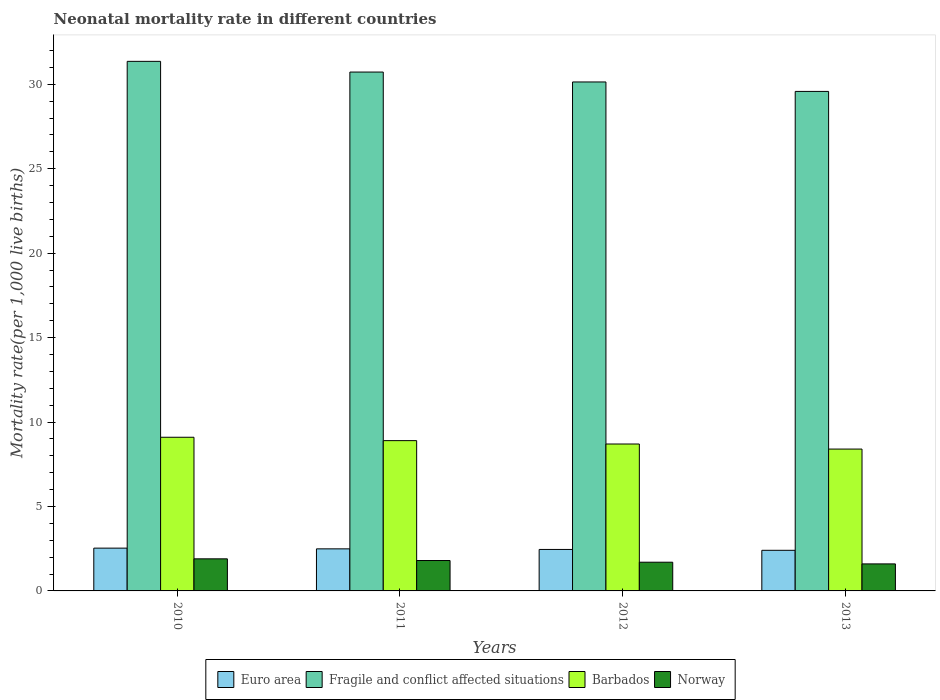
| Years | Euro area | Fragile and conflict affected situations | Barbados | Norway |
 | --- | --- | --- | --- | --- |
 | 2010 | 2.53 | 31.4 | 9.1 | 1.9 |
 | 2011 | 2.49 | 30.7 | 8.9 | 1.8 |
 | 2012 | 2.46 | 30.1 | 8.7 | 1.7 |
 | 2013 | 2.41 | 29.6 | 8.4 | 1.6 |